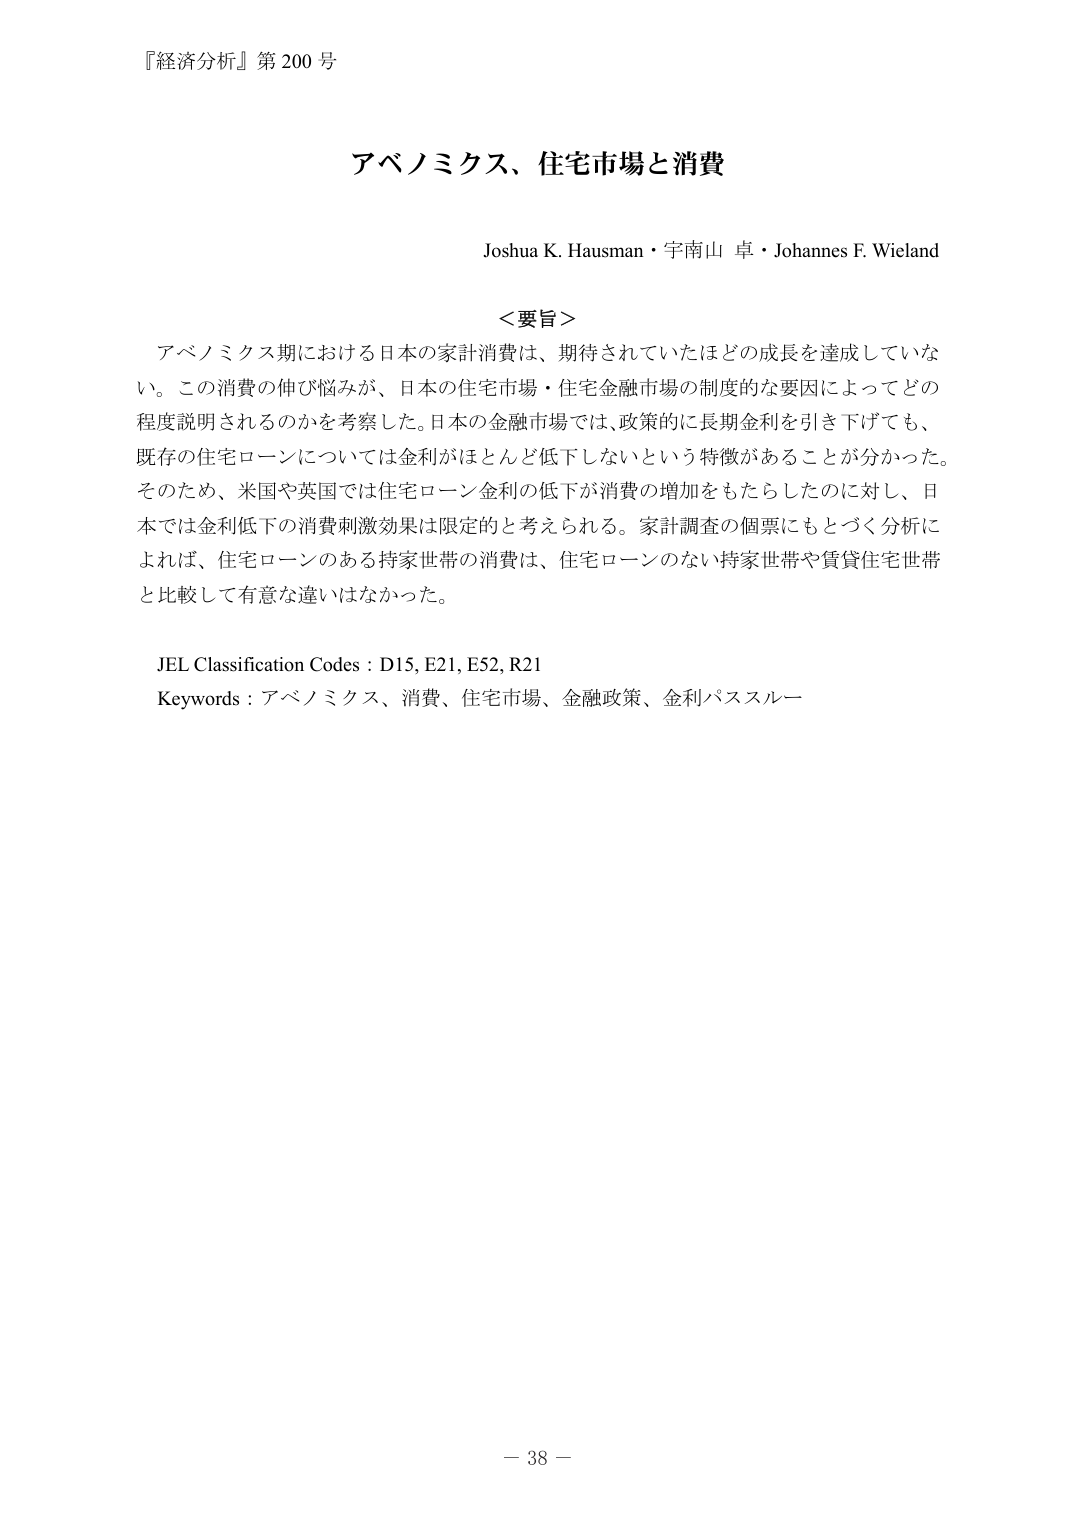
『経済分析』第200号

アベノミクス、住宅市場と消費

Joshua K. Hausman・宇南山 卓・Johannes F. Wieland

＜要旨＞
アベノミクス期における日本の家計消費は、期待されていたほどの成長を達成していない。この消費の伸び悩みが、日本の住宅市場・住宅金融市場の制度的な要因によってどの程度説明されるのかを考察した。日本の金融市場では、政策的に長期金利を引き下げても、既存の住宅ローンについては金利がほとんど低下しないという特徴があることが分かった。そのため、米国や英国では住宅ローン金利の低下が消費の増加をもたらしたのに対し、日本では金利低下の消費刺激効果は限定的と考えられる。家計調査の個票にもとづく分析によれば、住宅ローンのある持家世帯の消費は、住宅ローンのない持家世帯や賃貸住宅世帯と比較して有意な違いはなかった。

JEL Classification Codes : D15, E21, E52, R21
Keywords : アベノミクス、消費、住宅市場、金融政策、金利パススルー

－ 38 －